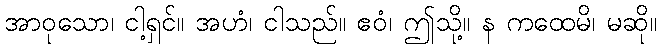
အာဝုသော၊ ငါ့ရှင်။ အဟံ၊ ငါသည်။ ဧဝံ၊ ဤသို့။ န ကထေမိ၊ မဆို။